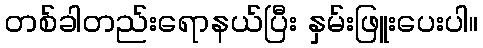
တစ်ခါတည်းရောနယ်ပြီး နှမ်းဖြူးပေးပါ။